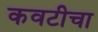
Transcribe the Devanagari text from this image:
कवटीचा